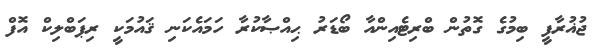
ޖުޣުރާފީ ބިމުގެ ގޮތުން ބްރިޓެއިންއާ ބޯޑަރު ޙިއްޞާކުރާ ހަމައެކަނި ޤައުމަކީ ރިޕަބްލިކް އޮފް